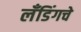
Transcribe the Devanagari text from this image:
लँडिंगचे